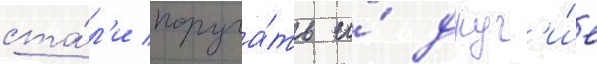
ста́л'и поруча́ть и́ друг'и́е